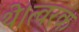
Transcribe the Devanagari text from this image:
थे।त्वरक